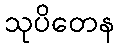
သုပိတေန